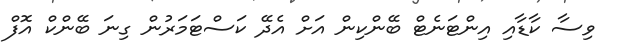
ވިސާ ކާޑާއި އިންޓަނެޓް ބޭންކިން އަށް އެދޭ ކަސްޓަމަރުން ގިނަ ބޭންކް އޮފް